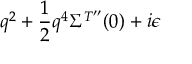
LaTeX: q ^ { 2 } + \frac { 1 } { 2 } q ^ { 4 } \Sigma ^ { T ^ { \prime \prime } } ( 0 ) + i \epsilon